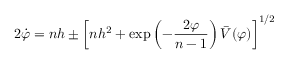
2 \dot { \varphi } = n h \pm \left[ n h ^ { 2 } + \exp \left( - \frac { 2 \varphi } { n - 1 } \right) \bar { V } ( \varphi ) \right] ^ { 1 / 2 }